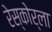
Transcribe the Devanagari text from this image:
रेस्कोर्ला